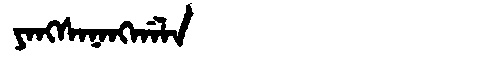
Manchu: ᠶᠠᠩᠰᠠᠨᠠᠩᡤᠠᠯᠠ
Romanization: YANGSANANGGALA